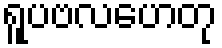
ရူပဗလဟေတု